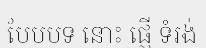
បែបបទ នោះ ផ្ញើ ទំរង់